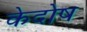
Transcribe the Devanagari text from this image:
केदोष